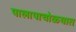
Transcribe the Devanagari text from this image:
पालापाचोळयात